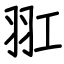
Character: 羾